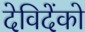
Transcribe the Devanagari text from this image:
देविदेंको